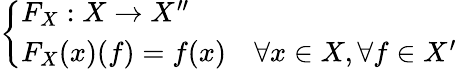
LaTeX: \left\{ \begin{array}{ll}{F_{X}:X\to X^{\prime\prime}}\\ {F_{X}(x)(f)=f(x)}&{\forall x\in X,\forall f\in X^{\prime}}\end{array}\right.